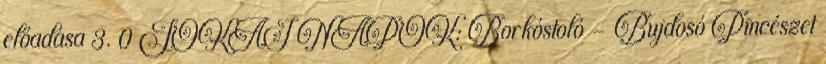
előadása 3. 0 JÓKAI NAPOK: Borkóstoló – Bujdosó Pincészet